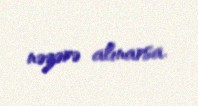
nəzərə alınarsa.